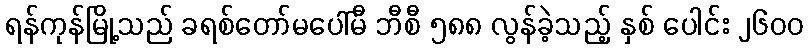
ရန်ကုန်မြို့သည် ခရစ်တော်မပေါ်မီ ဘီစီ ၅၈၈ လွန်ခဲ့သည့် နှစ် ပေါင်း ၂၆၀၀